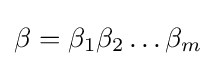
\beta =\beta _{1}\beta _{2}\dots \beta _{m}